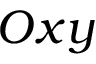
O x y